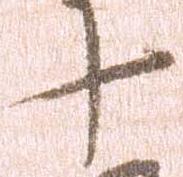
十